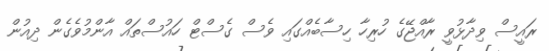
ރައީސް ވިދާޅުވީ ރާއްޖޭގެ ހުރިހާ ހިސާބެއްގައި ވެސް ގެސްޓް ހައުސްތައް އާންމުވެގެން ދިއުން